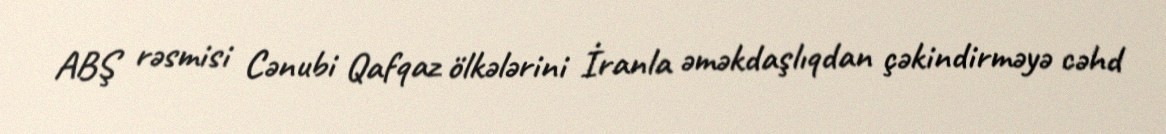
ABŞ rəsmisi Cənubi Qafqaz ölkələrini İranla əməkdaşlıqdan çəkindirməyə cəhd